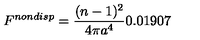
F ^ { n o n d i s p } = \frac { ( n - 1 ) ^ { 2 } } { 4 \pi a ^ { 4 } } 0 . 0 1 9 0 7